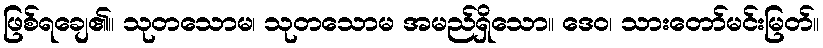
ဖြစ်ရချေ၏။ သုတသောမ၊ သုတသောမ အမည်ရှိသော။ ဒေဝ၊ သားတော်မင်းမြတ်။